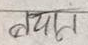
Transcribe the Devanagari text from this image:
बयान